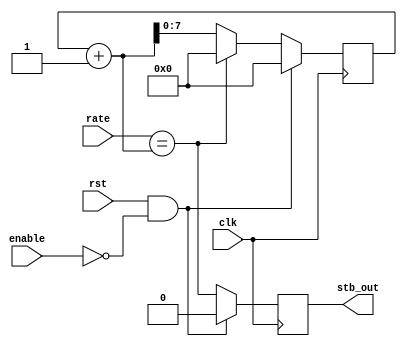
module strober #(parameter WIDTH=8) (
    input clk,
    input rst,
    input enable,

    input [WIDTH-1:0] rate,
    output stb_out
);

    reg [WIDTH-1:0] counter;
    wire strobe = (rate == counter + 1);
    reg stb_reg;
    always @(posedge clk)
        if(rst && ~enable)
        begin
            counter <= 0;
            stb_reg <= 0;
        end
        else begin
            if (strobe)
                counter <= 0;
            else
                counter <= counter + 1;

            stb_reg <= strobe;
        end

    assign stb_out = stb_reg;
endmodule